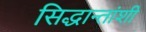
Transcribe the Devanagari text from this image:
सिद्धान्तांशी